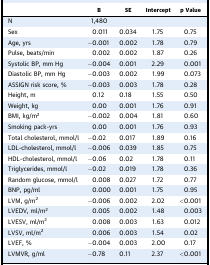
<table><thead><tr><td>[EMPTY_CELL]</td><td><b>B</b></td><td><b>SE</b></td><td><b>Intercept</b></td><td><b>p Value</b></td></tr></thead><tbody><tr><td>N</td><td>1,480</td><td>[EMPTY_CELL]</td><td>[EMPTY_CELL]</td><td>[EMPTY_CELL]</td></tr><tr><td>Sex</td><td>0.011</td><td>0.034</td><td>1.75</td><td>0.75</td></tr><tr><td>Age, yrs</td><td>−0.001</td><td>0.002</td><td>1.78</td><td>0.79</td></tr><tr><td>Pulse, beats/min</td><td>0.002</td><td>0.002</td><td>1.87</td><td>0.26</td></tr><tr><td>Systolic BP, mm Hg</td><td>−0.004</td><td>0.001</td><td>2.29</td><td>0.001</td></tr><tr><td>Diastolic BP, mm Hg</td><td>−0.003</td><td>0.002</td><td>1.99</td><td>0.073</td></tr><tr><td>ASSIGN risk score, %</td><td>−0.003</td><td>0.003</td><td>1.78</td><td>0.28</td></tr><tr><td>Height, m</td><td>0.12</td><td>0.18</td><td>1.55</td><td>0.50</td></tr><tr><td>Weight, kg</td><td>0.00</td><td>0.001</td><td>1.76</td><td>0.91</td></tr><tr><td>BMI, kg/m<sup>2</sup></td><td>−0.002</td><td>0.004</td><td>1.81</td><td>0.60</td></tr><tr><td>Smoking pack-yrs</td><td>0.00</td><td>0.001</td><td>1.76</td><td>0.93</td></tr><tr><td>Total cholesterol, mmol/l</td><td>−0.02</td><td>0.017</td><td>1.89</td><td>0.16</td></tr><tr><td>LDL-cholesterol, mmol/l</td><td>−0.006</td><td>0.039</td><td>1.85</td><td>0.75</td></tr><tr><td>HDL-cholesterol, mmol/l</td><td>−0.06</td><td>0.02</td><td>1.78</td><td>0.11</td></tr><tr><td>Triglycerides, mmol/l</td><td>−0.02</td><td>0.019</td><td>1.78</td><td>0.36</td></tr><tr><td>Random glucose, mmol/l</td><td>0.008</td><td>0.027</td><td>1.72</td><td>0.77</td></tr><tr><td>BNP, pg/ml</td><td>0.000</td><td>0.001</td><td>1.75</td><td>0.95</td></tr><tr><td>LVM, g/m<sup>2</sup></td><td>−0.006</td><td>0.002</td><td>2.02</td><td>&lt;0.001</td></tr><tr><td>LVEDV, ml/m<sup>2</sup></td><td>0.005</td><td>0.002</td><td>1.48</td><td>0.003</td></tr><tr><td>LVESV, ml/m<sup>2</sup></td><td>0.008</td><td>0.003</td><td>1.63</td><td>0.012</td></tr><tr><td>LVSV, ml/m<sup>2</sup></td><td>0.006</td><td>0.003</td><td>1.54</td><td>0.02</td></tr><tr><td>LVEF, %</td><td>−0.004</td><td>0.003</td><td>2.00</td><td>0.17</td></tr><tr><td>LVMVR, g/ml</td><td>−0.78</td><td>0.11</td><td>2.37</td><td>&lt;0.001</td></tr></tbody></table>